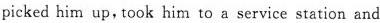
pickedhim up, took him to a service station and